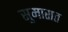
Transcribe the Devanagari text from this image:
सुमारात